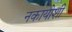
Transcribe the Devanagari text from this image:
नकायोशी